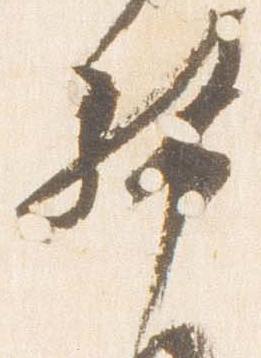
幣